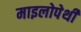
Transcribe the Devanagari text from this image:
माइलोपेथी